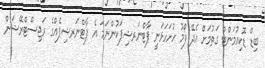
ބިޑް ޑޮކިއުމަންޓް ގަތުމަށް އެދޭ ފޯމު ހުށަހަޅަނީ ޕާޓްނަރޝިޕަކުންނަމަ އެ ޕާޓްނަރޝިޕެއްގެ ރަޖިސްޓްރޭޝަން